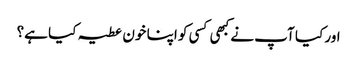
اور کیا آپ نے کبھی کسی کو اپنا خون عطیہ کیا ہے؟